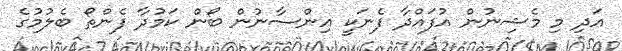
އަދި މި މެޝިނުން އުފައްދާ ފެނަކީ އިންސާނުން ބޯން ކަމުދާ ފެންތޯ ބެލުމުގެ